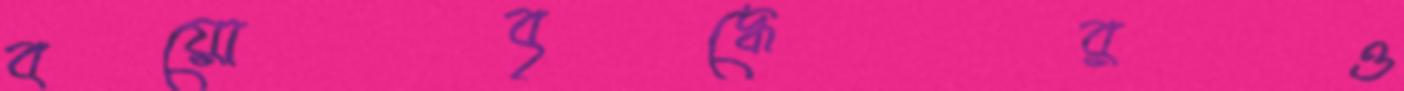
বয়োবৃদ্ধেরও